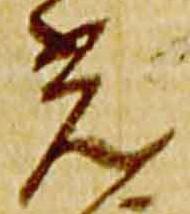
光